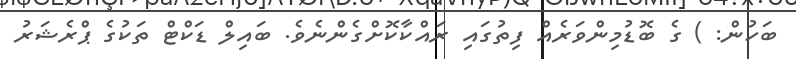
ބަހުން: ) ގެ ބޮޑުމިންވަރެއް ފިތުގައި ރައްކާކޮށްގެންނެވެ. ބައިލް ޑަކްޓް ތަކުގެ ޕްރެޝަރު